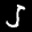
Digit: 5